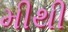
મીથી